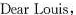
Dear Louis，